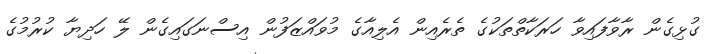
ގުޅިގެން ރާވާފައިވާ ހަރަކާތްތަކުގެ ތެރެއިން އެލިއާގެ މުވައްޒަފުން އިސްނަގައިގެން ލޭ ހަދިޔާ ކުރުމުގެ